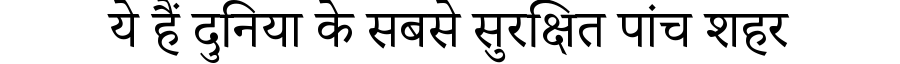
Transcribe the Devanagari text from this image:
ये हैं दुनिया के सबसे सुरक्षित पांच शहर